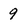
Character: 9